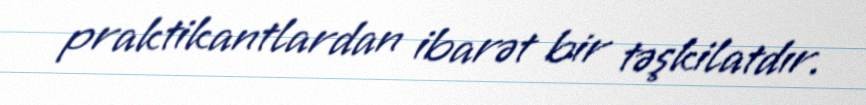
praktikantlardan ibarət bir təşkilatdır.